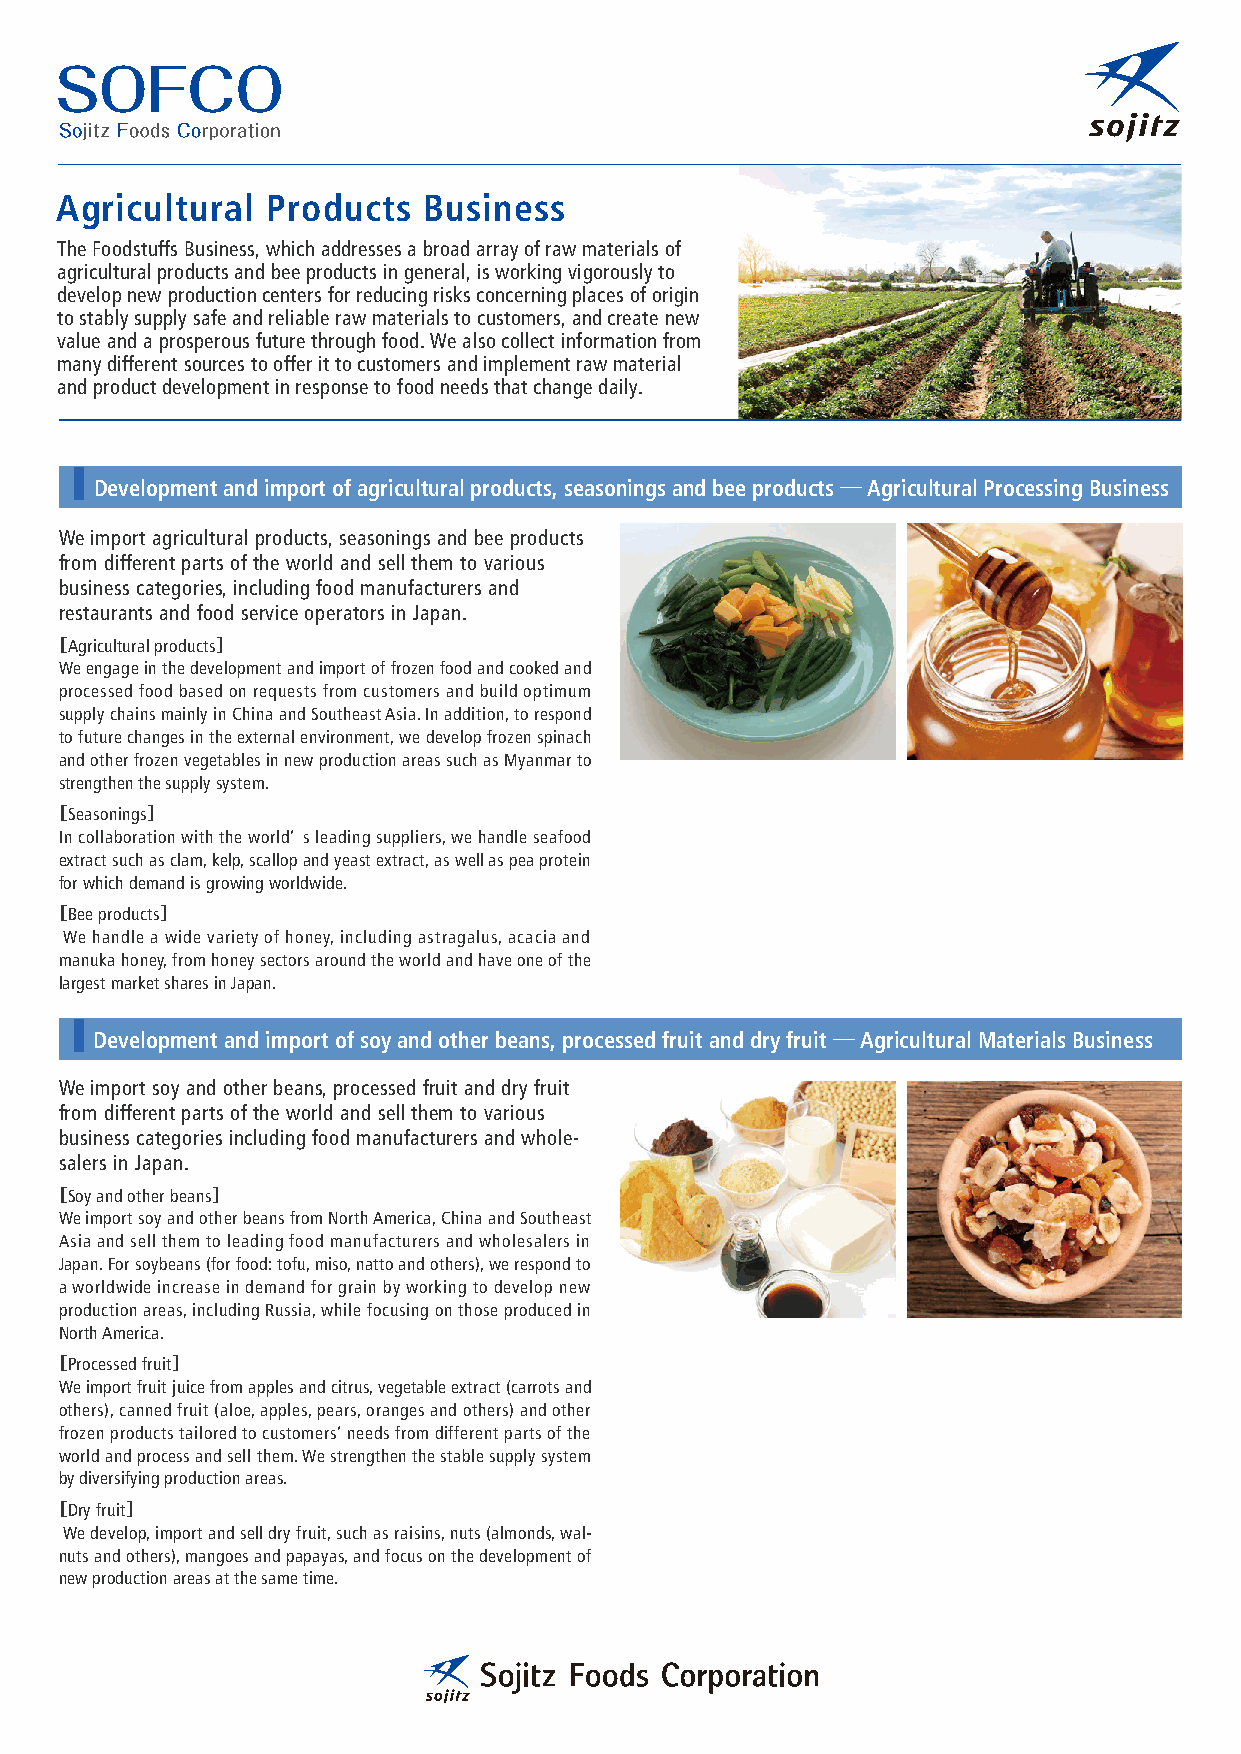
Agricultural  Products  Business
 The Foodstuffs Business, which addresses a broad array of raw materials of
 agricultural products and bee products in general, is working vigorously to
 develop new production centers for reducing risks concerning places of origin
 to stably supply safe and reliable raw materials to customers, and create new
 value and a prosperous future through food. We also collect information from
 many different sources to offer it to customers and implement raw material
 and product development in response to food needs that change daily.
 Development and import of agricultural products, seasonings and bee products ― Agricultural Processing Business
 We import agricultural products, seasonings and bee products
 from different parts of the world and sell them to various
 business categories, including food manufacturers and
 restaurants and food service operators in Japan.
 ［Agricultural products］
 We engage in the development and import of frozen food and cooked and
 processed food based on requests from customers and build optimum
 supply chains mainly in China and Southeast Asia. In addition, to respond
 to future changes in the external environment, we develop frozen spinach
 and other frozen vegetables in new production areas such as Myanmar to
 strengthen the supply system.
 ［Seasonings］
 In collaboration with the world’ s leading suppliers, we handle seafood
 extract such as clam, kelp, scallop and yeast extract, as well as pea protein
 for which demand is growing worldwide.
 ［Bee products］
 We handle a wide variety of honey, including astragalus, acacia and
 manuka honey, from honey sectors around the world and have one of the
 largest market shares in Japan.
 Development and import of soy and other beans, processed fruit and dry fruit ― Agricultural Materials Business
 We import soy and other beans, processed fruit and dry fruit
 from different parts of the world and sell them to various
 business categories including food manufacturers and whole-
 salers in Japan.
 ［Soy and other beans］
 We import soy and other beans from North America, China and Southeast
 Asia and sell them to leading food manufacturers and wholesalers in
 Japan. For soybeans (for food: tofu, miso, natto and others), we respond to
 a worldwide increase in demand for grain by working to develop new
 production areas, including Russia, while focusing on those produced in
 North America.
 ［Processed fruit］
 We import fruit juice from apples and citrus, vegetable extract (carrots and
 others), canned fruit (aloe, apples, pears, oranges and others) and other
 frozen products tailored to customers’ needs from different parts of the
 world and process and sell them. We strengthen the stable supply system
 by diversifying production areas.
 ［Dry fruit］
 We develop, import and sell dry fruit, such as raisins, nuts (almonds, wal-
 nuts and others), mangoes and papayas, and focus on the development of
 new production areas at the same time.